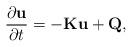
LaTeX: \begin{align*} \frac{\partial\textbf{u}}{\partial t}=-\textbf{K}\textbf{u} + \textbf{Q},\end{align*}